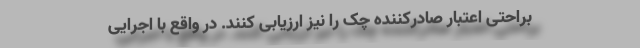
براحتی اعتبار صادرکننده چک را نیز ارزیابی کنند. در واقع با اجرایی